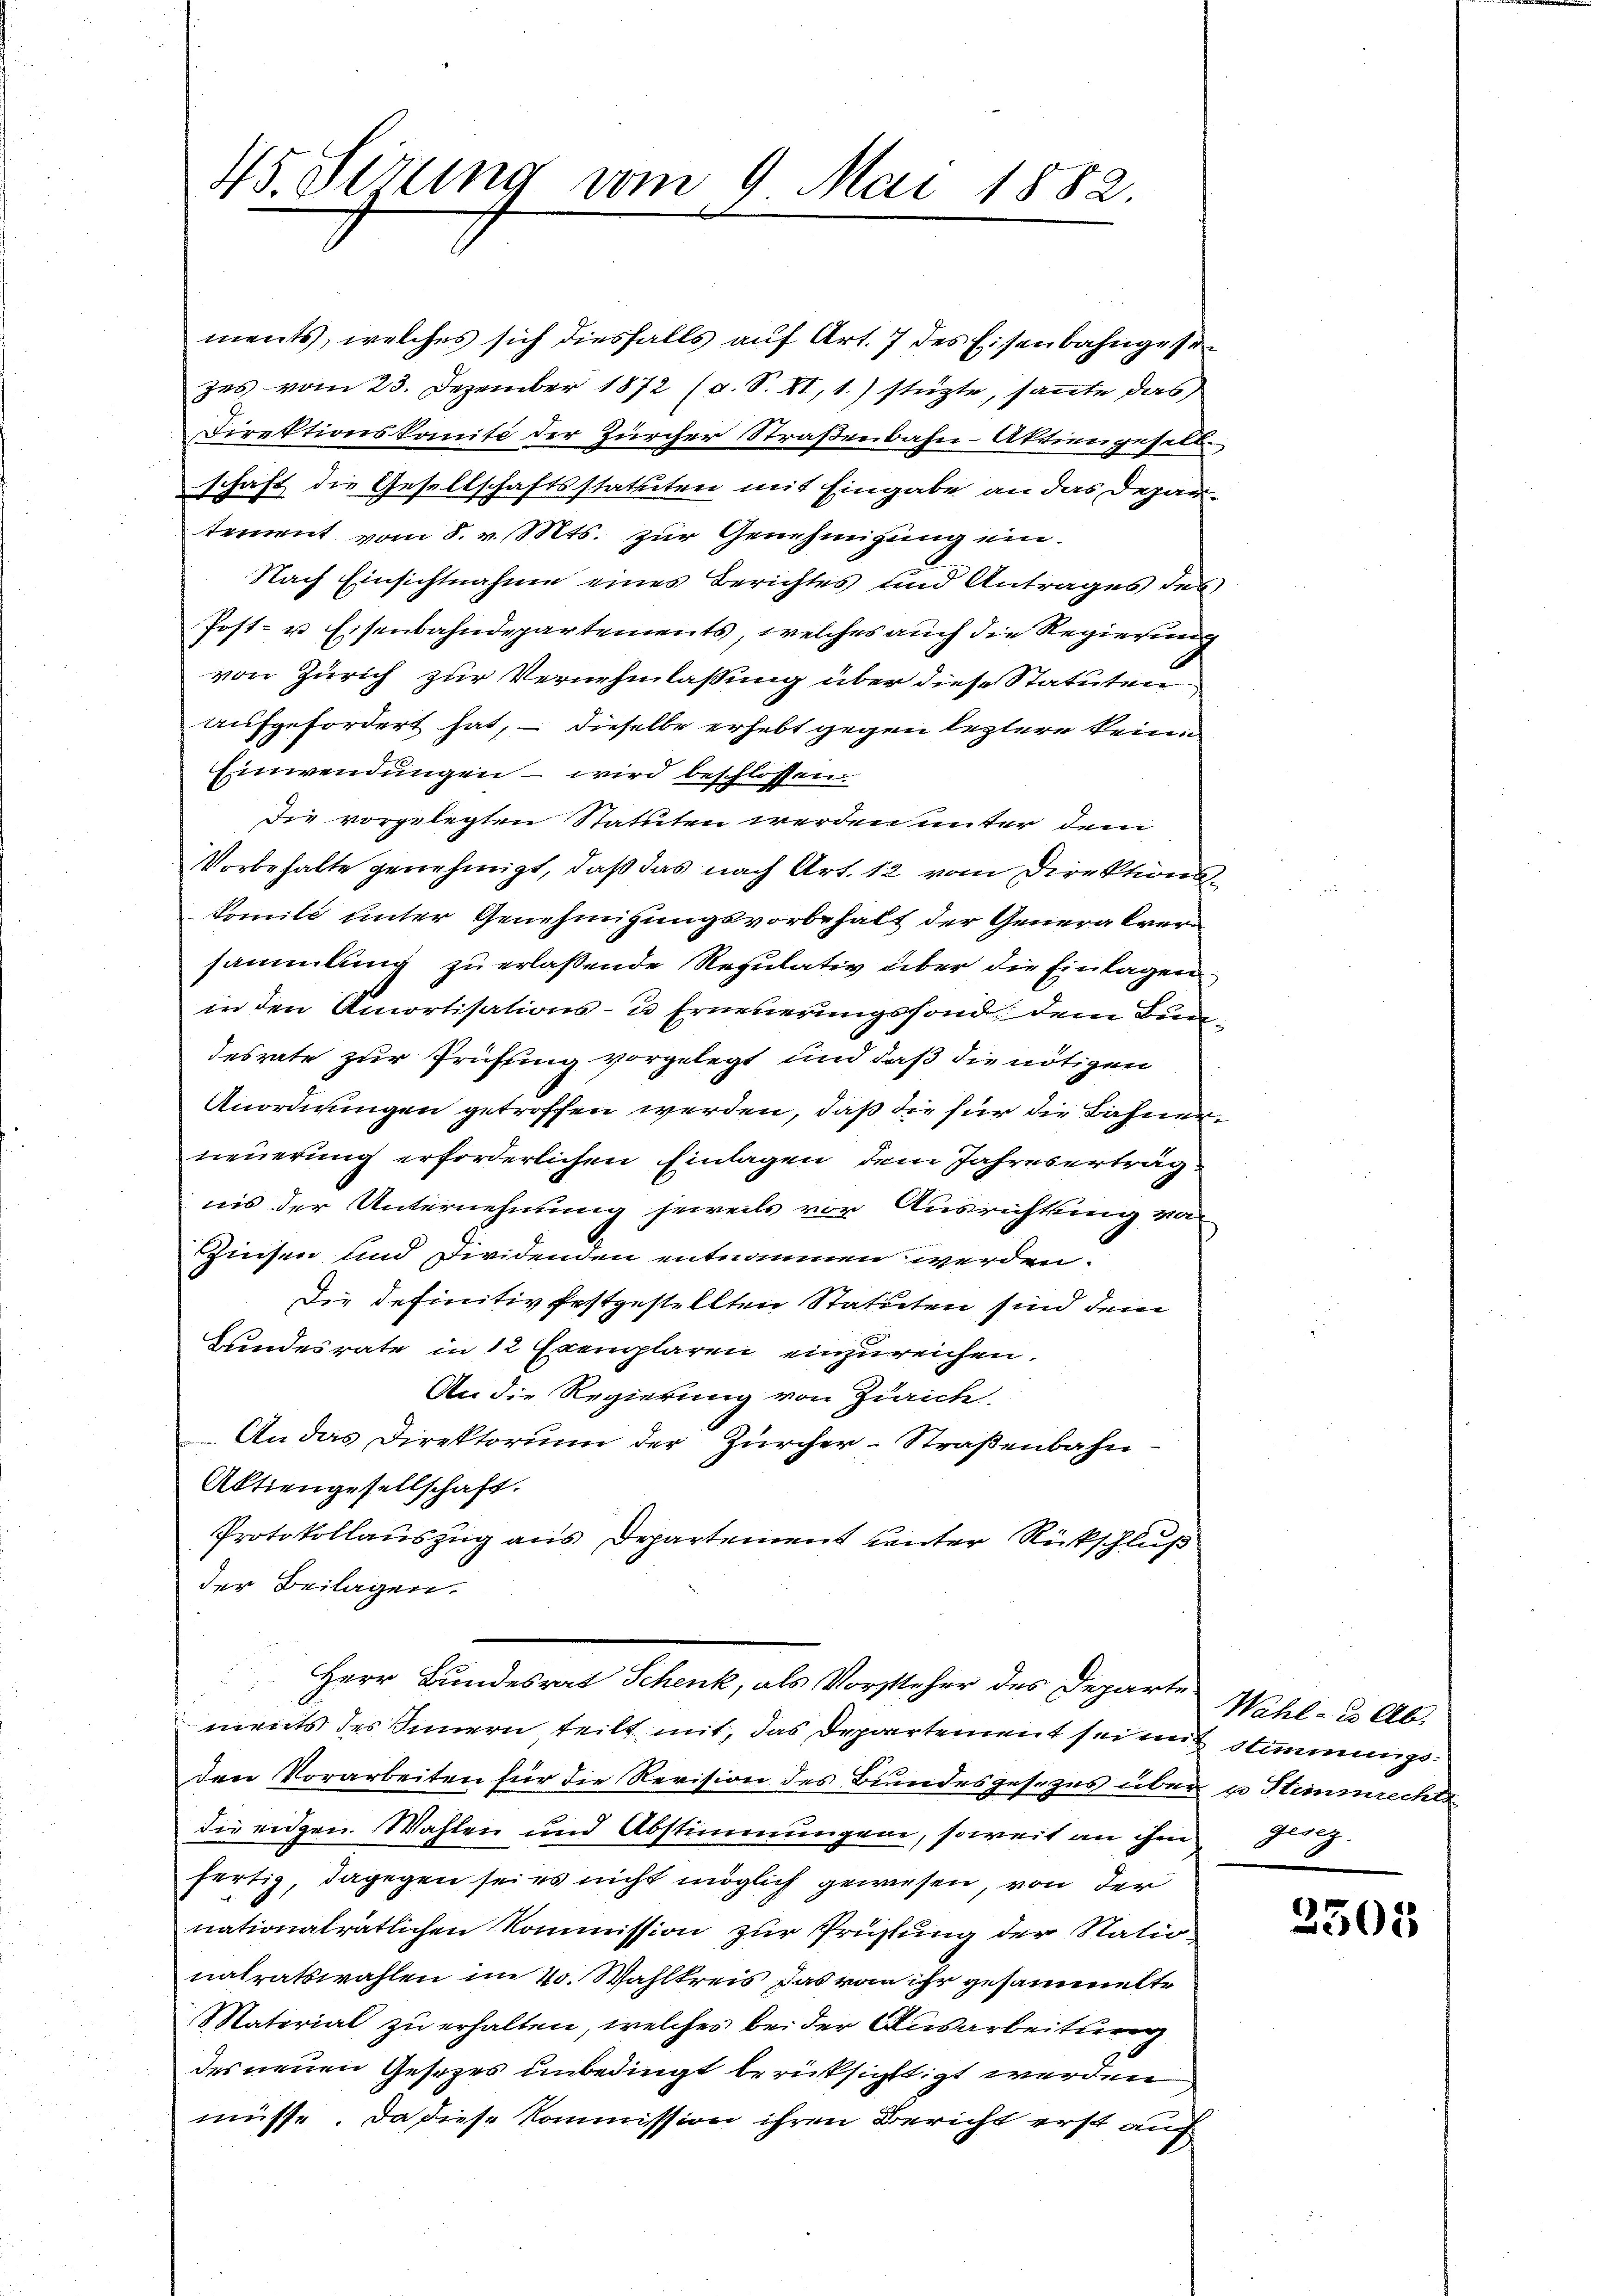
45. Serung vom 9. Mai 1882.

ments, welches sich diesfalls auf Art. 7 des Eisenbahngesezes vom 23. Dezember 1872 (a. S. XI, 1.) stüzte, sante das
Direktionskomite der Zürcher Straßenbahn-Aktiengeselb
schaft die Gesellschaftsstatuten mit Eingabe an das Depar-
tement vom 8. v. Mts. zŭr Genehmigung ein.
Nach Einsichtnahme eines Berichtes und Antrages des
Post- u Eisenbahndepartements, welches auch die Regierung
von Zürich zur Vernehmlassung über diese Statuten
aufgefordert hat, – dieselbe erhebt gegen leztere keine
Einwendungen – wird beschlossen.
Die vorgelegten Statuten werden unter dem
Vorbehalte genehmigt, daß das nach Art. 12 vom Direktionskomite unter Genehmigungsvorbehalt der Generalversammlung zu erlassende Resulativ über die Einlagen
in den Amortisations- u Erneuerungsfond dem Bundesrate zur Prüfung vorgelegt und daß die nötigen
Anordnungen getroffen werden, daß die für die Bahnerneuerung erforderlichen Einlagen dem Jahreserträg
nis der Unternehmung jeweils vor Ausrichtung vo
Zinsen und Dividenden entnommen werden.
Die definitiv festgestellten Statuten sind dem
Bundesrate in 12 Exemplaren einzureichen.
An die Regierung von Zürich.
An das Direktorium der Zürcher-Straßenbahn¬
Aktiengesellschaft.
Protokollauszug aus Departement unter Rückschluß
der Beilagen.
Herr Bundesrat Schenk, als Vorsteher des Departe Wahl- u Abments des Innern teilt mit, das Departement sei mit Stimmungsden Vorarbeiten für die Revision des Bundesgesezes über 1 Stimmrechte
die eidgen. Wahlen und Abstimmungen, soweit an ihm Giez
fertig, dagegen sei es nicht möglich gewiesen, von der
nationalrätlichen Kommission zur Prüfung der Natio
natratswahlen im 4. Wahlkreis, das von ihr gesammelte
Material zu erhalten, welches bei der Ausarbeitung
des neuen Gesezes unbedingt berücksichtigt werden
müsse. Da diese Kommission ihren Bericht erst auch

2505